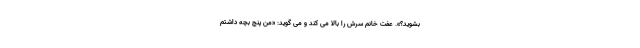
بشوید؟». عفت خانم سرش را بالا می کند و می گوید: «من پنج بچه داشتم